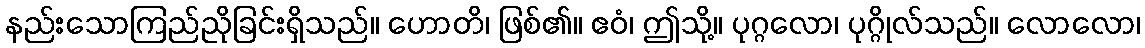
နည်းသောကြည်ညိုခြင်းရှိသည်။ ဟောတိ၊ ဖြစ်၏။ ဧဝံ၊ ဤသို့။ ပုဂ္ဂလော၊ ပုဂ္ဂိုလ်သည်။ လောလော၊